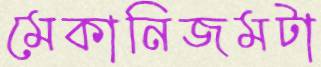
মেকানিজমটা